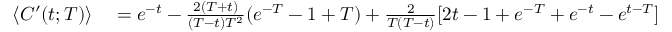
\begin{array} { r l } { \langle C ^ { \prime } ( t ; T ) \rangle } & { { } = e ^ { - t } - \frac { 2 ( T + t ) } { ( T - t ) T ^ { 2 } } ( e ^ { - T } - 1 + T ) + \frac { 2 } { T ( T - t ) } [ 2 t - 1 + e ^ { - T } + e ^ { - t } - e ^ { t - T } ] . } \end{array}